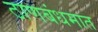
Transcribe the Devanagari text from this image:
ठाणबंधमात